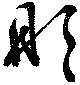
彤